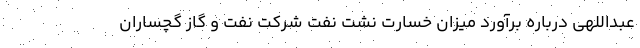
عبداللهی درباره برآورد میزان خسارت نشت نفت شرکت نفت و گاز گچساران